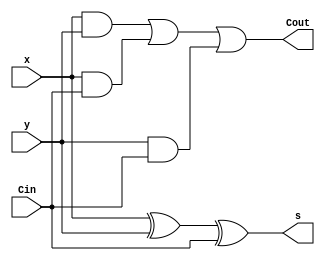
`timescale 1ns / 1ps
//////////////////////////////////////////////////////////////////////////////////
// Company: 
// Engineer: 
// 
// Design Name: 
// Module Name: Hadder
// Project Name: 
// Target Devices: 
// Tool Versions: 
// Description: 
// 
// Dependencies: 
// 
// Revision:
// Revision 0.01 - File Created
// Additional Comments:
// 
//////////////////////////////////////////////////////////////////////////////////


module fulladd(x, y, Cin, s, Cout);

    input x, y, Cin;
    output s, Cout;
    
    assign s = x ^ y ^ Cin;
    assign Cout = (x & y) | (x & Cin) | (y & Cin);

endmodule